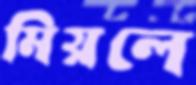
মিয়লে